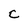
Character: c